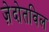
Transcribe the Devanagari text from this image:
ज़ेदोतविल